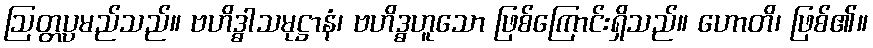
ဩတ္တပ္ပမည်သည်။ ဗဟိဒ္ဓါသမုဋ္ဌာနံ၊ ဗဟိဒ္ဓဟူသော ဖြစ်ကြောင်းရှိသည်။ ဟောတိ၊ ဖြစ်၏။